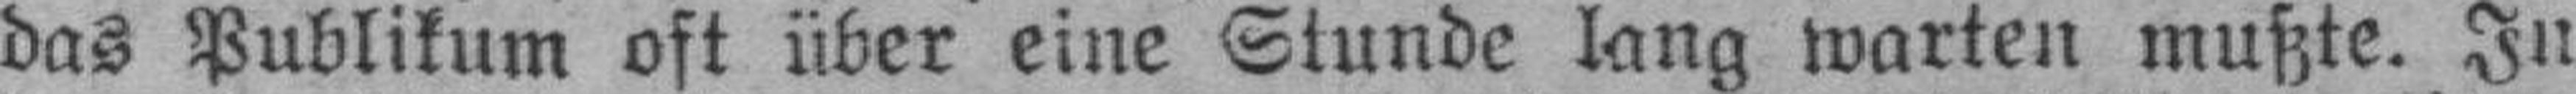
das Publikum oft über eine Stunde lang warten mußte. In